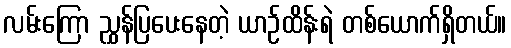
လမ်းကြော ညွှန်ပြပေးနေတဲ့ ယာဉ်ထိန်းရဲ တစ်ယောက်ရှိတယ်။